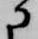
に